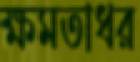
ক্ষমতাধর